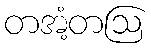
တအံ့တဩ